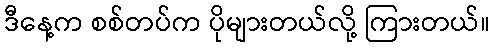
ဒီနေ့က စစ်တပ်က ပိုများတယ်လို့ ကြားတယ်။